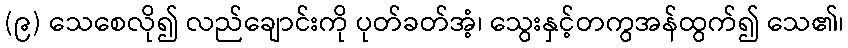
(၉) သေစေလို၍ လည်ချောင်းကို ပုတ်ခတ်အံ့၊ သွေးနှင့်တကွအန်ထွက်၍ သေ၏၊